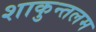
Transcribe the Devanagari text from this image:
शाकुन्तलम